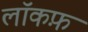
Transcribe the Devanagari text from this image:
लॉकफ़